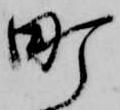
町